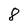
Character: 8